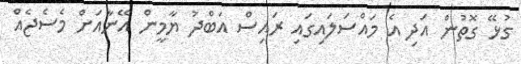
ގުޅޭ ގޮތުން އަދި އެ މައްސަލައިގައި ރައިސް އަބްދު ޔާމީން އޭނާއަށް މެސެޖެއް